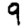
Digit: 9